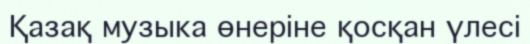
Қазақ музыка өнеріне қосқан үлесі